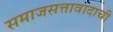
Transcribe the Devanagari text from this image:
समाजसत्तावादाची